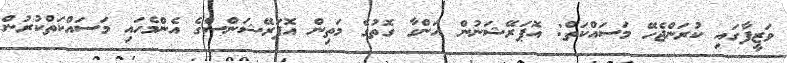
ވަޒީފާގައި ކުރަންޖެހޭ މަސައްކަތް: އޮޕަރޭޝަނުން އަންގާ ގޮތުގެ މަތިން އޮޕަރޭޝަންސްގެ އެންމެހައި މަސައްކަތްކުރުން